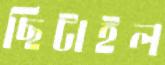
ছিটাইল